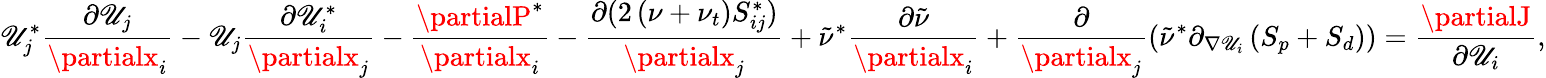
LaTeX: \mathscr{U}_{j}^{*}\frac{{\partial\mathscr{U}_{j}}}{{\partialx_{i}}}-\mathscr{U}_{j}\frac{{\partial\mathscr{U}_{i}^{*}}}{{\partialx_{j}}}-\frac{{\partialP^{*}}}{{\partialx_{i}}}-\frac{{\partial(2\left(\nu+\nu_{t}\right)S_{ij}^{*})}}{{\partialx_{j}}}+\tilde{{\nu}}^{*}\frac{{\partial\tilde{{\nu}}}}{{\partialx_{i}}}+\frac{{\partial}}{{\partialx_{j}}}\left(\tilde{{\nu}}^{*}\partial_{\nabla\mathscr{U}_{i}}\left(S_{p}+S_{d}\right)\right)=\frac{{\partialJ}}{{\partial\mathscr{U}_{i}}},